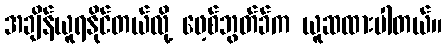
အချိန်ယူရနိုင်တယ်လို့ ဖေ့စ်ဘွတ်ခ်က ယူဆထားပါတယ်။